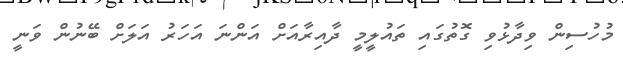
މުހުސިން ވިދާޅުވި ގޮތުގައި ތައުލީމީ ދާއިރާއަށް އަންނަ އަހަރު އަލަށް ބޭނުން ވަނީ